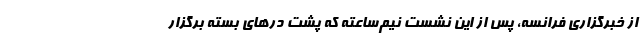
از خبرگزاری فرانسه، پس از این نشست نیم‌ساعته که پشت در‌های بسته برگزار